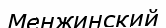
Менжинский